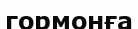
гормонға